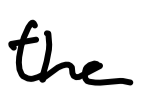
Text: the
Cross-out: clean
Writing tool: digital_black